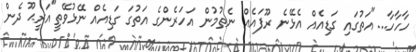
ހާހާހާ..."އަތުގައި ގަޑިއެއް އެޅޭނެ ރޫފައެއް ނެތުމުން އަހަރެންގެ އަތުގަ ގަޑިއެއް ނޭޅުވޭތީ"އަރީޙޫ ދެން